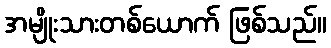
အမျိုးသားတစ်ယောက် ဖြစ်သည်။